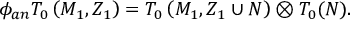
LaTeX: \phi _ { a n } T _ { 0 } \left( M _ { 1 } , Z _ { 1 } \right) = T _ { 0 } \left( M _ { 1 } , Z _ { 1 } \cup N \right) \otimes T _ { 0 } ( N ) .